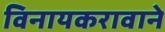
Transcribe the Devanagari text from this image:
विनायकरावाने